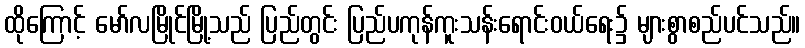
ထိုကြောင့် မော်လမြိုင်မြို့သည် ပြည်တွင်း ပြည်ပကုန်ကူးသန်းရောင်းဝယ်ရေး၌ များစွာစည်ပင်သည်။